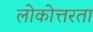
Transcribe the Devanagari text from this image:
लोकोत्तरता